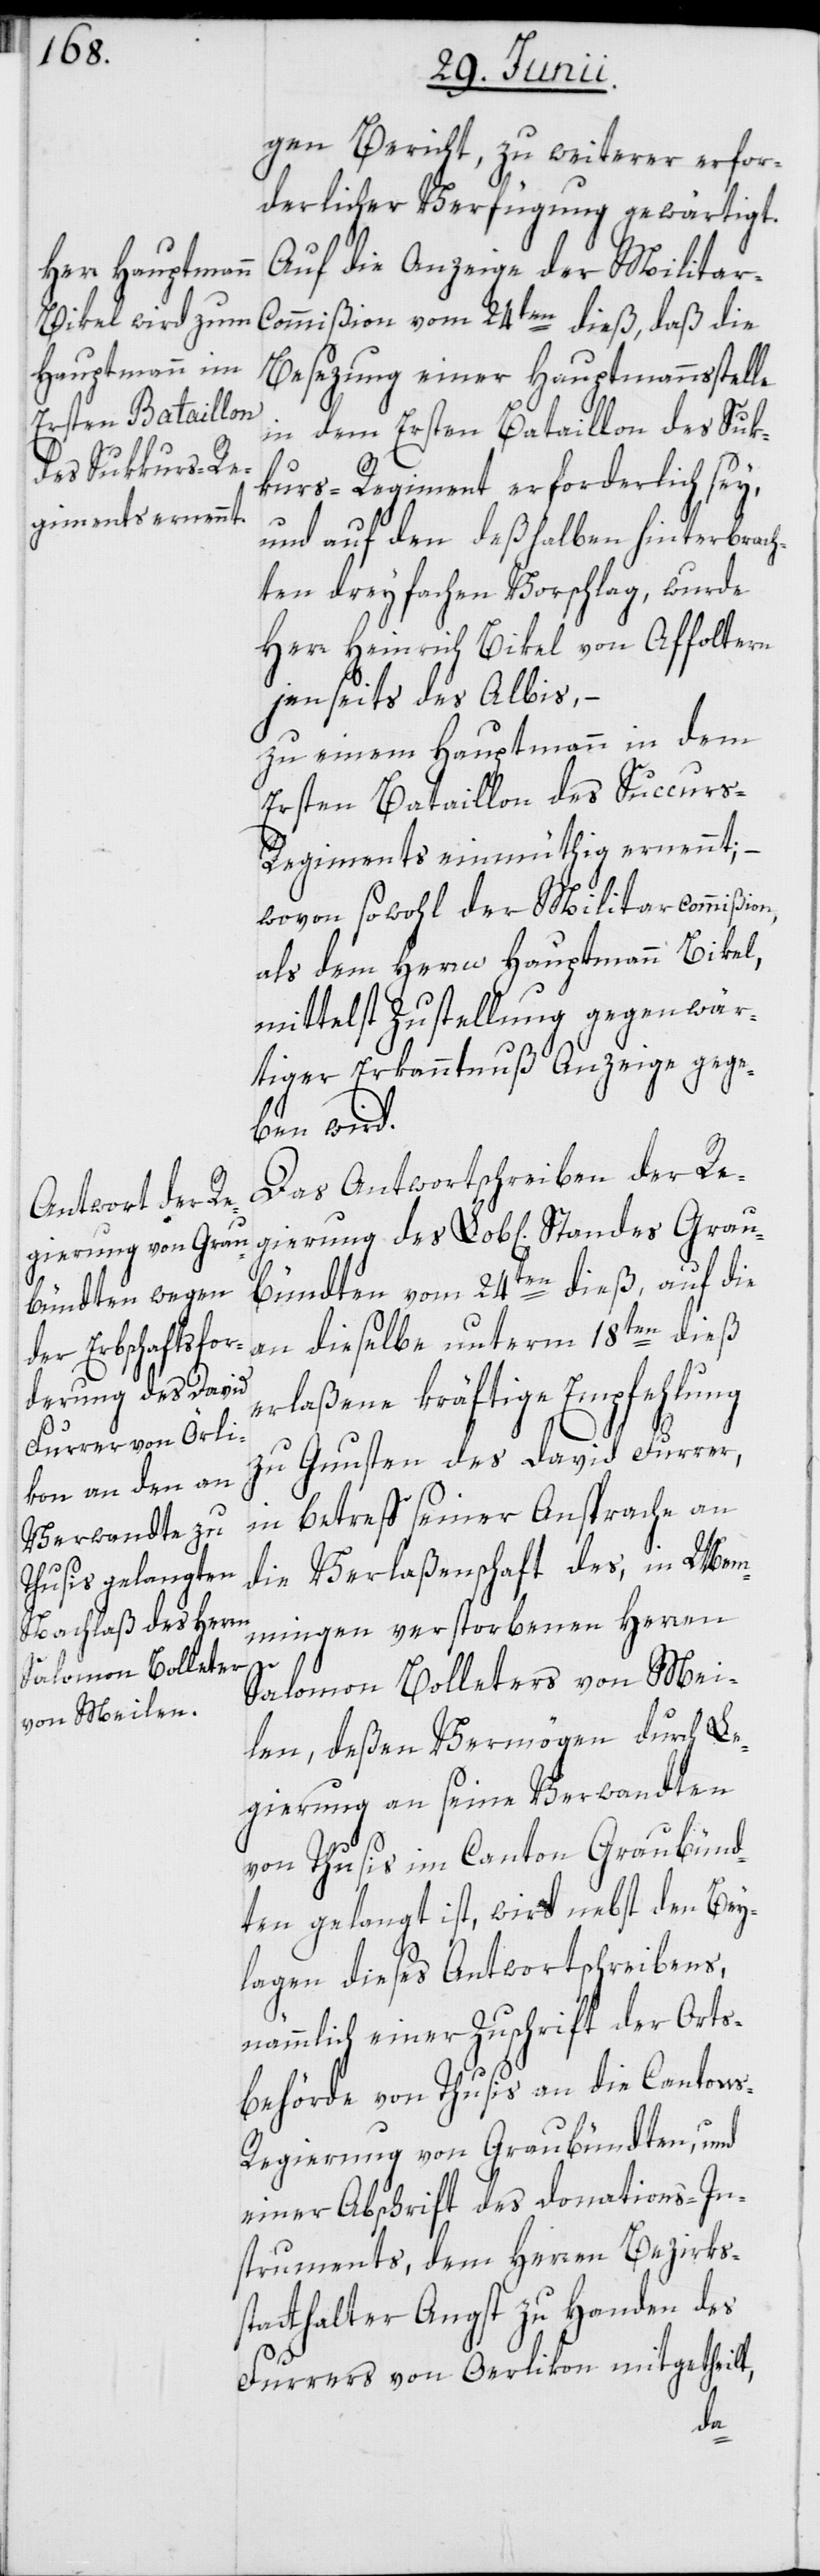
gen Bericht, zu weiterer erfor¬
derlicher Verfügung gewärtigt.
Auf die Anzeige der Milita¬
r-Commißion vom 24ten dieß, daß die
Besezung einer Hauptmannsstelle
in dem Ersten Bataillon des Suk¬
kurs-Regiment erforderlich sey,
und auf den deßhalben hinterbrach¬
ten dreyfachen Vorschlag, wurde
Herr Heinrich Bikel von Affoltern
jenseits des Albis, –
zu einem Hauptmann in dem
Ersten Bataillon des Succur¬
s-Regiments einmüthig ernennt; –
wovon sowohl der Militarcommißion,
als dem Herrn Hauptmann Bikel,
mittelst Zustellung gegenwär¬
tiger Erkanntnuß Anzeige gege¬
ben wird.
Das Antwortschreiben der Re¬
gierung des Lob[lichen] Standes Grau¬
bündten vom 24ten dieß, auf die
an dieselbe unterm 18ten dieß
erlaßene kräftige Empfehlung
zu Gunsten des David Furrer,
in betreff seiner Ansprache an
die Verlaßenschaft des, in Mem¬
mingen verstorbenen Herren
Salomon Bolleters von Mei¬
len, deßen Vermögen durch Le¬
gierung an seine Verwandten
von Thusis im Canton Graubünd¬
ten gelangt ist, wird nebst den Bey¬
lagen dieses Antwortschreibens,
nämmlich einer Zuschrift der Orts¬
behörde von Thusis an die Canton¬
s-Regierung von Graubündten, und
einer Abschrift des Donations-In¬
struments, dem Herren Bezirks¬
statthalter Angst zu Handen des
Furrers von Oerlikon mitgetheilt,